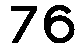
76